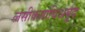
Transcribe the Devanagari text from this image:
लसीकाग्रंथिअर्बुद